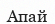
Апай